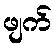
ဖျက်